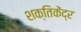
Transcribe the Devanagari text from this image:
शक्तिकेंद्र